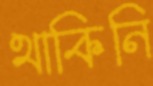
থাকিনি